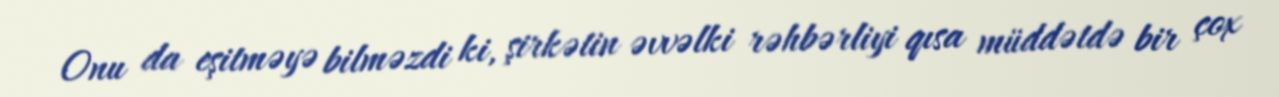
Onu da eşitməyə bilməzdi ki, şirkətin əvvəlki rəhbərliyi qısa müddətdə bir çox